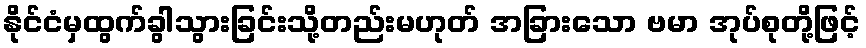
နိုင်ငံမှထွက်ခွါသွားခြင်းသို့တည်းမဟုတ် အခြားသော ဗမာ အုပ်စုတို့ဖြင့်